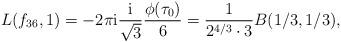
LaTeX: \begin{gather*}L(f_{36},1)=-2\pi {\rm i} \frac{\rm i}{\sqrt 3}\frac{\phi(\tau_0)}{6}=\frac1{2^{4/3}\cdot 3}B(1/3,1/3),\end{gather*}